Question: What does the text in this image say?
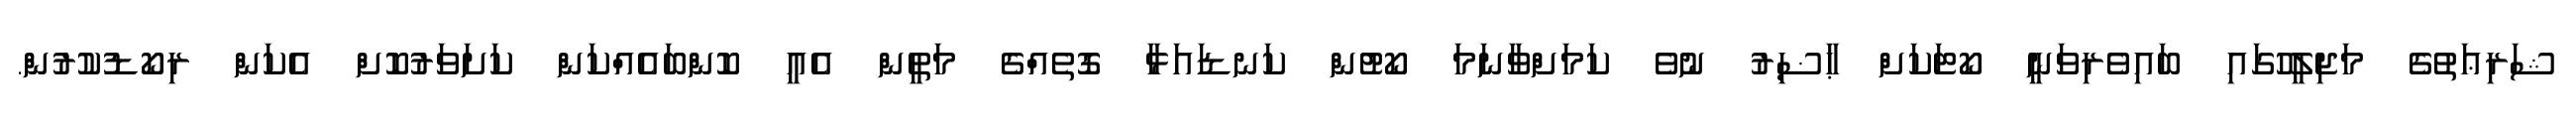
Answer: ޝަރިޢަތުގެ މަޖިލީހުގައި ބައިވެރިވަނީ ކޯޓަކަށް ޙާޟިރު ނުވެ ކަމަށްވާނަމަ ކޯޓުން ކަނޑައަޅާ ގޮތެއްގެ މަތީން އެއީ ކޮންބައެއްކަން ކަށަވަރުކޮށް އެކަން ރިކޯޑުކުރުން.